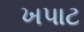
ખપાટ